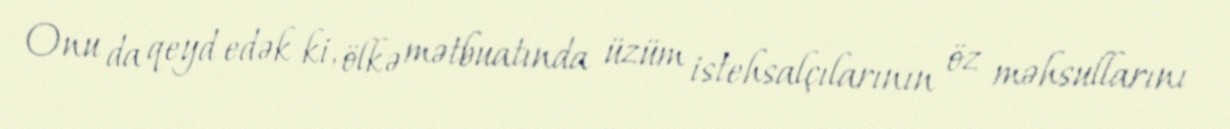
Onu da qeyd edək ki, ölkə mətbuatında üzüm istehsalçılarının öz məhsullarını